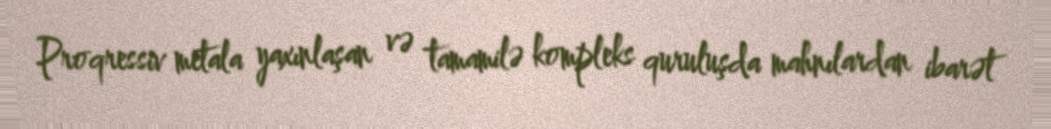
Proqressiv metala yaxınlaşan və tamamilə kompleks quruluşda mahnılardan ibarət